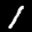
Label: 1